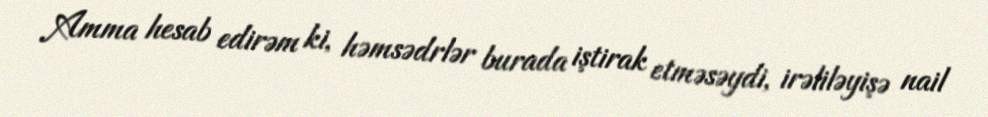
Amma hesab edirəm ki, həmsədrlər burada iştirak etməsəydi, irəliləyişə nail